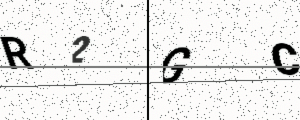
Text: R2GC